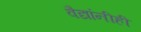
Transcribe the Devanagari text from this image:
वैद्यांनीही